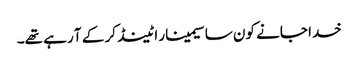
خدا جانے کون سا سیمینار اٹینڈ کر کے آ رہے تھے۔